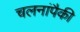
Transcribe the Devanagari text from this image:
चलनांपैकी